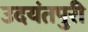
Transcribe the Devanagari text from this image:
उदयंतपुरी